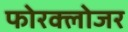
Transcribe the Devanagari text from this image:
फोरक्लोजर